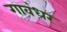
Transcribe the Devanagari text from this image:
गावंधर